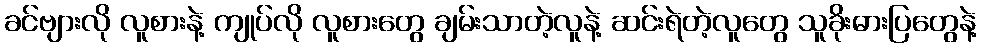
ခင်ဗျားလို လူစားနဲ့ ကျုပ်လို လူစားတွေ ချမ်းသာတဲ့လူနဲ့ ဆင်းရဲတဲ့လူတွေ သူခိုးဓားပြတွေနဲ့